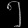
Digit: ၅